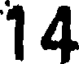
14